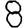
Digit: 8